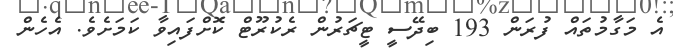
އެ މަގާމުތައް ފުރަން 193 ބިދޭސީ ޓީޗަރުން ރެކުރޫޓް ކޮށްފައިވާ ކަމަށެވެ. އެހެން